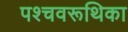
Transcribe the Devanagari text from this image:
पश्चवरूथिका